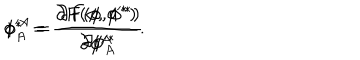
\phi ^ { A } = \frac { \partial F ( \phi , \phi ^ { * } ) } { \partial \phi _ { A } ^ { * } } \hspace { 2 c m } \phi _ { A } ^ { * } = \frac { \partial F ( \phi , \phi ^ { * } ) } { \partial \phi ^ { A } } .